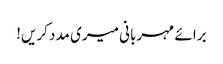
برائے مہربانی میری مدد کریں!